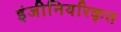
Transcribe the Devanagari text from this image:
इंजीनियरिकृत